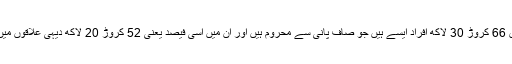
دنیا بھر میں 66 کروڑ 30 لاکھ افراد ایسے ہیں جو صاف پانی سے محروم ہیں اور ان میں اسی فیصد یعنی 52 کروڑ 20 لاکھ دیہی علاقوں میں رہتے ہیں۔